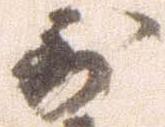
到